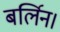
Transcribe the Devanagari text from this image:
बर्लिन।